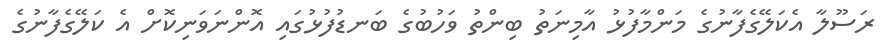
ރަސޫލާ އެކަލޭގެފާނުގެ މަންމާފުޅު އާމިނަތު ބިންތު ވަހުބުގެ ބަނޑުފުޅުގައި އޮންނަވަނިކޮށް އެ ކަލޭގެފާނުގެ